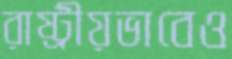
রাষ্ট্রীয়ভাবেও